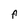
Character: F